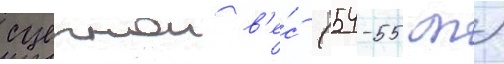
сцепнои в'е́с (54-55 т)